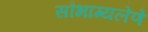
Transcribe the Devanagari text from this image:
सौभाग्यलेणे